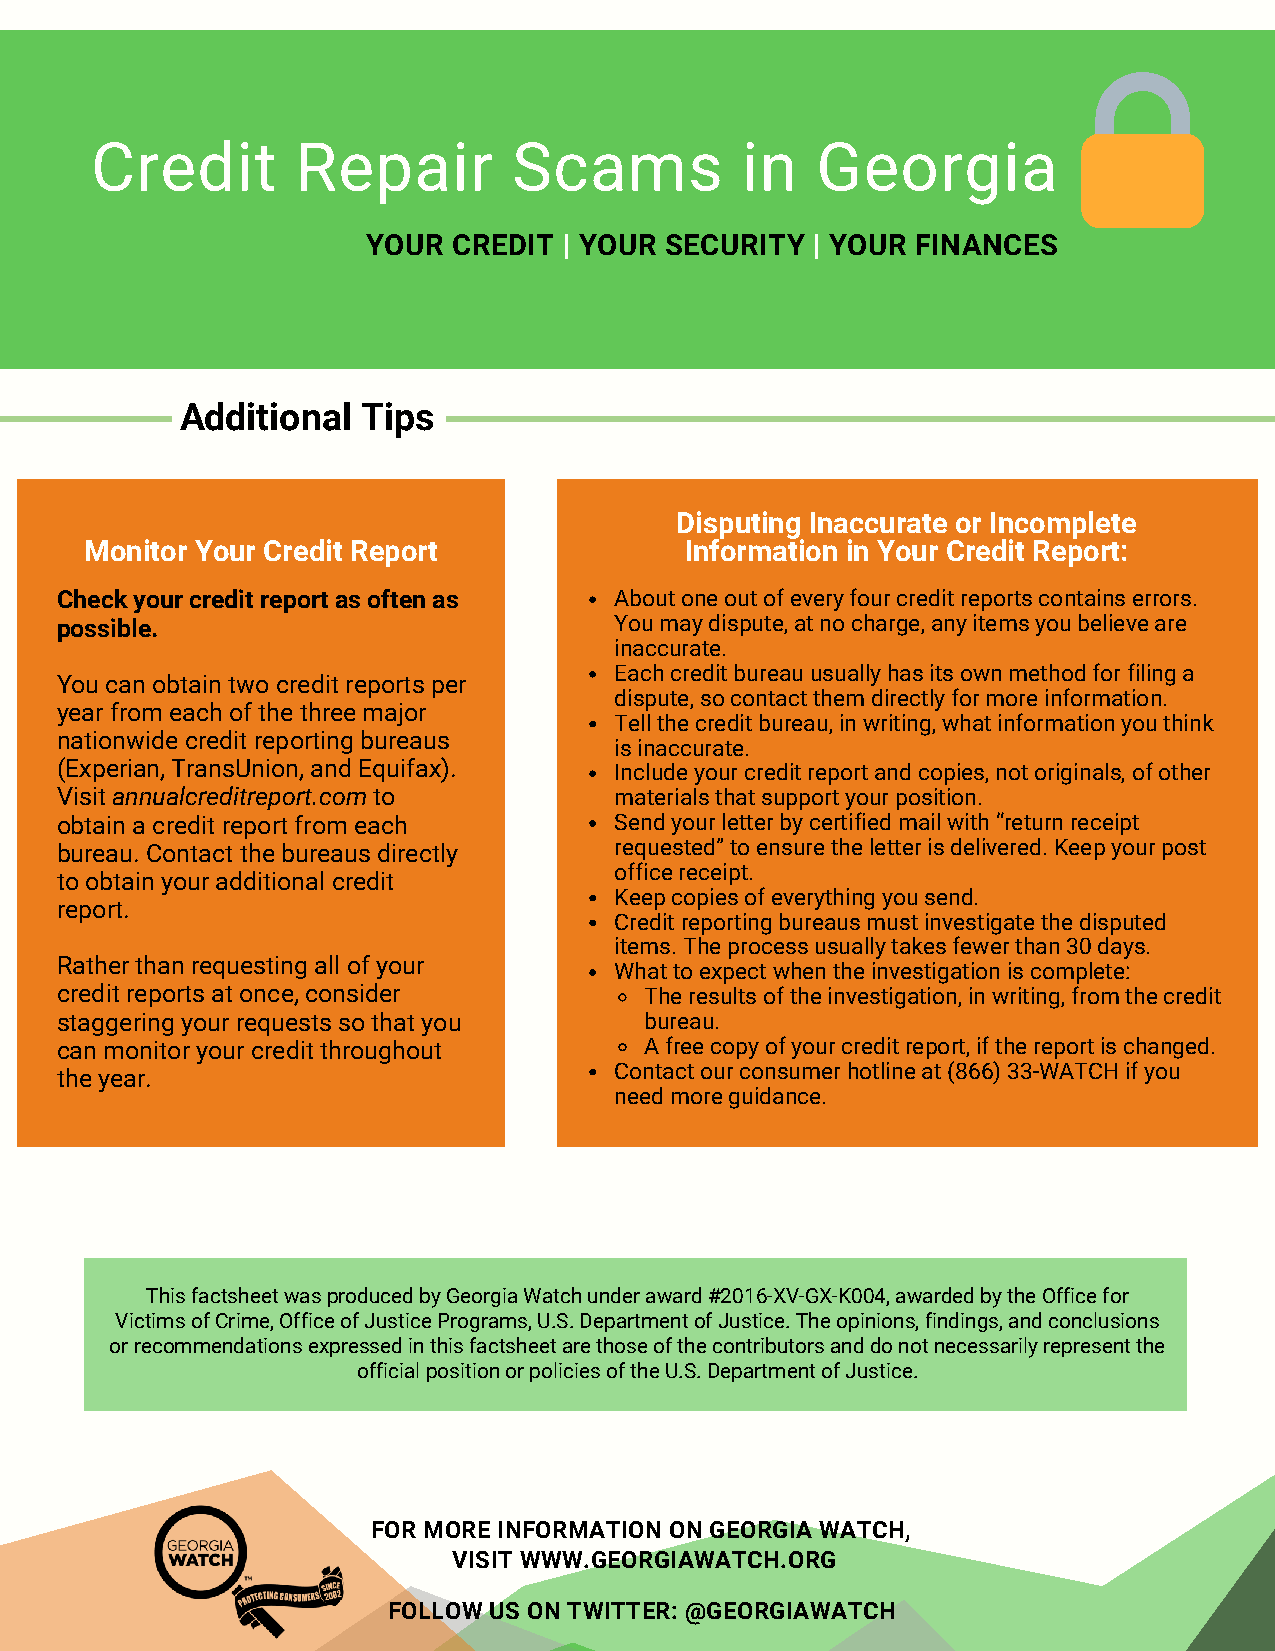
Credit        Repair        Scams          in   Georgia
 YOUR  CREDIT | YOUR SECURITY  | YOUR FINANCES
 Additional  Tips
 Disputing Inaccurate or Incomplete
 Monitor Your Credit Report             Information in Your Credit Report:
 Check your credit report as often as About one out of every four credit reports contains errors.
 possible.                            You may dispute, at no charge, any items you believe are
 inaccurate.
 Each credit bureau usually has its own method for filing a
 You can obtain two credit reports per
 dispute, so contact them directly for more information.
 year from each of the three major
 Tell the credit bureau, in writing, what information you think
 nationwide credit reporting bureaus
 is inaccurate.
 (Experian, TransUnion, and Equifax). Include your credit report and copies, not originals, of other
 Visit annualcreditreport.com to      materials that support your position.
 obtain a credit report from each     Send your letter by certified mail with “return receipt
 bureau. Contact the bureaus directly requested” to ensure the letter is delivered. Keep your post
 office receipt.
 to obtain your additional credit
 Keep copies of everything you send.
 report.
 Credit reporting bureaus must investigate the disputed
 items. The process usually takes fewer than 30 days.
 Rather than requesting all of your
 What to expect when the investigation is complete:
 credit reports at once, consider       The results of the investigation, in writing, from the credit
 staggering your requests so that you   bureau.
 can monitor your credit throughout     A free copy of your credit report, if the report is changed.
 Contact our consumer hotline at (866) 33-WATCH if you
 the year.
 need more guidance.
 This factsheet was produced by Georgia Watch under award #2016-XV-GX-K004, awarded by the Office for
 Victims of Crime, Office of Justice Programs, U.S. Department of Justice. The opinions, findings, and conclusions
 or recommendations expressed in this factsheet are those of the contributors and do not necessarily represent the
 official position or policies of the U.S. Department of Justice.
 FOR MORE INFORMATION ON GEORGIA WATCH,
 VISIT WWW.GEORGIAWATCH.ORG
 FOLLOW US ON TWITTER: @GEORGIAWATCH